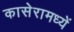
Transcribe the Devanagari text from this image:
कासेरामध्यें